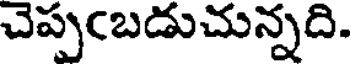
చెప్పఁబడుచున్నది.